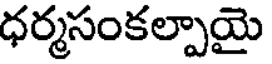
ధర్మసంకల్పాయై